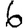
Digit: 6